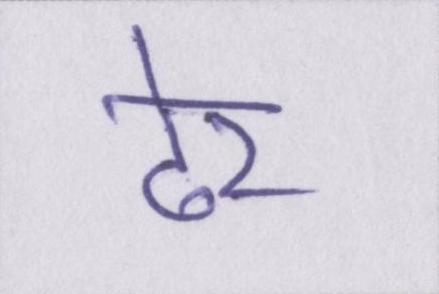
ढेर